King Institute of Preventive Medicine Micro-Biological Section reports 1909-11
Year: 1909
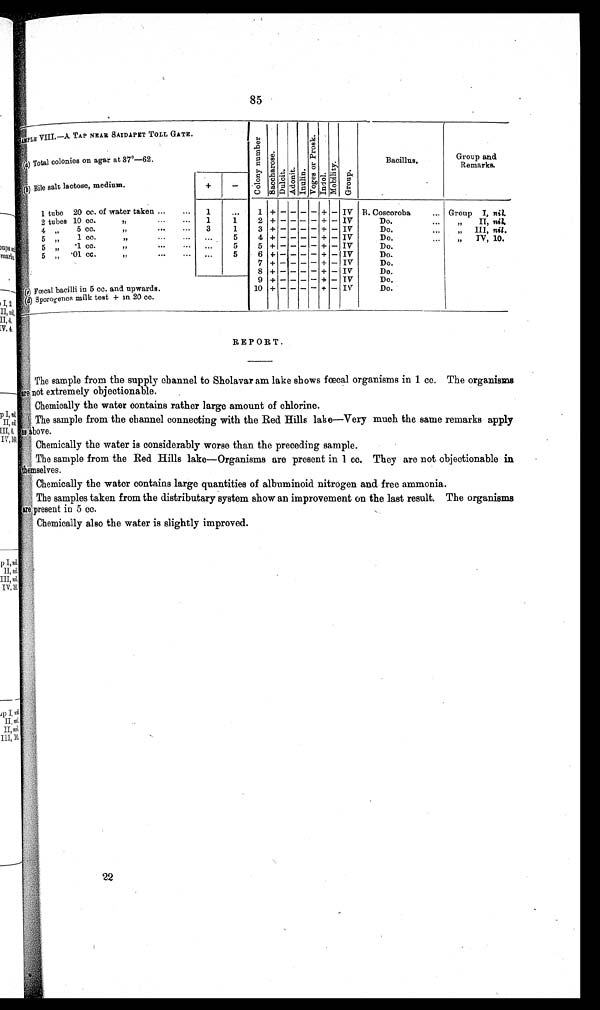
85
SAMPLE VIII. —A TAP NEAR SAIDAPET TOLL GATE.
Co l o n y Nu mb e r
S a c c h a r o s e
Dulcit Adoni t . I nul i n.
V o g e s o r P r o s k .
Indol
M o b i l i t y .
Group.
Bacillus.
Group and
Remarks.
( a) Total colonies on agar at 37°-62.
(b) Bile salt lactose, medium.
+
—
1 tube 20 cc. of water taken ...
. ..
1
, ..
1 + – – – – + – IV B. Coscoroba
... Group I, nil,
2 tubes 10 cc.
,,,
1
1
2 + – – – – + – IV
Do.
...
,,
II, nil.
4 ,
5 cc.
,,
3
1
3 + — – – + - – IV
Do.
...
III, nit .
,
1 1 1
5
4 +
– – – – + – IV
Do.
...
,,
,, T V , 1 0 .
5 „
. 1 c c . , , ... ..
. . .
5
5 + – – – – + – IV
Do.
5 „ . 0 1 c c . , , . . . ....
. . .
5
6
+ – – – – + – IV
Do.
7
– – – –+ – – IV
Do.
8 + - – – – + – I V
Do.
9 +
– + – – + — IV
Do.
Fœcal bacilli in 5 cc. and upwards.
10 + – – – – + — IV
Do.
d )
S p o r o g e n e s
m i l k
t e s t
+ i n 2 0 c c .
REPORT.
The sample from the supply channel to Sholavaram lake shows fœcal organisms in 1 cc. The organisms
a r e n o t e x t r e m e l y o b j e c t i o n a b l e .
Chemically the water contains rather large amount of chlorine.
The sample from the channel connecting with the Red Hills lake—Very much the same remarks apply
above.
Chemically the water is considerably worse than the preceding sample.
The sample from the Red Hills lake—Organisms are present in 1 cc. They are not objectionable in
teniselves.
Chemically the water contains large quantities of albuminoid nitrogen and free ammonia.
The samples taken from the distributary system show an improvement on the last result. The organisms
are present in 5 cc.
r4
Chemically also the water is slightly improved.